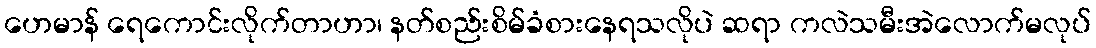
ဟေမာန် ရေကောင်းလိုက်တာဟာ၊ နတ်စည်းစိမ်ခံစားနေရသလိုပဲ ဆရာ ကလဲသမီးအဲလောက်မလုပ်